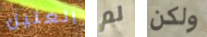
العليل لم ولكن